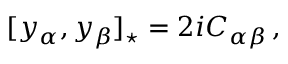
[ y _ { \alpha } , y _ { \beta } ] _ { \star } = 2 i C _ { \alpha \beta } \, ,